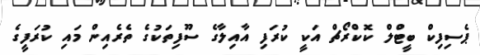
ޕެސިފިކް ބީޓްލް ކޮކްރޯޗް އަކީ ކުރަފި އާއިލާގެ ސޫފިތަކުގެ ތެރެއިން މައި ކުރަފީގެ